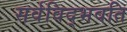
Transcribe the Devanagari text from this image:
सर्वविद्भवति